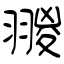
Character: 翪